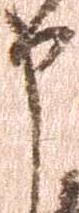
申